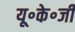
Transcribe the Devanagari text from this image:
यू॰के॰जी